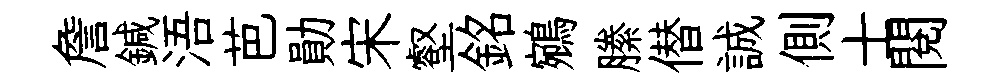
詹鍼浯芭勛宋壑銘鵷縢僣誠側士閱